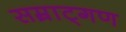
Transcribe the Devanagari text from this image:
सम्राट्गण